Cholera in India, 1862 to 1881
Year: 1862
Disease focus: Cholera
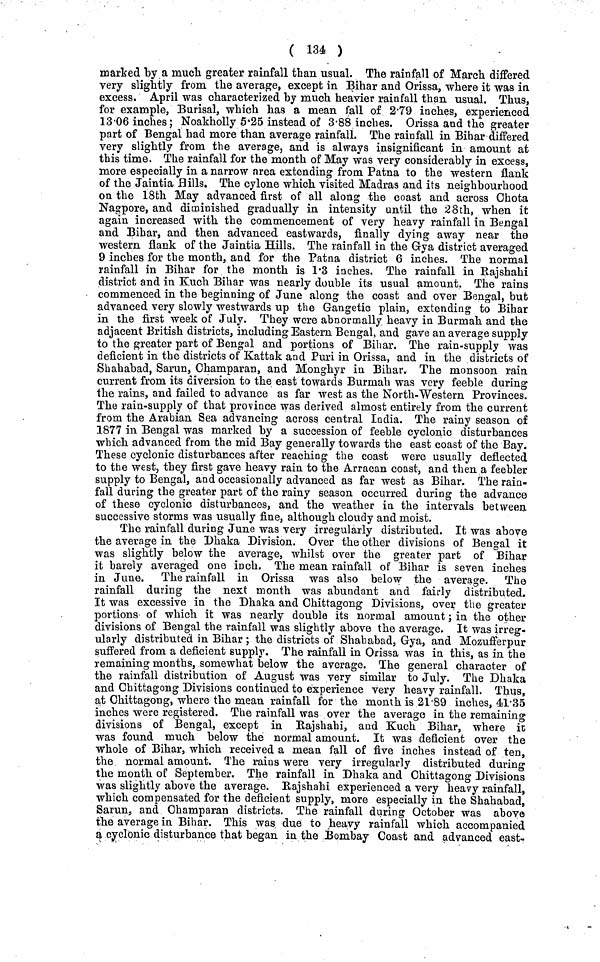
( 134 )
marked by a much greater rainfall than usual. The rainfall of March differed
very slightly from the average, except in Bihar and Orissa, where it was in
excess. April was characterized by much heavier rainfall than usual. Thus,
for example, Burisal, which has a mean fall of 2·79 inches, experienced
13·06 inches; Noakholly 5·25 instead of 3·88 inches. Orissa and the greater
part of Bengal had more than average rainfall. The rainfall in Bihar differed
very slightly from the average, and is always insignificant in amount at
this time. The rainfall for the month of May was very considerably in excess,
more especially in a narrow area extending from Patna to the western flank
of the Jaintia Hills. The cylone which visited Madras and its neighbourhood
on the 18th May advanced first of all along the coast and across Chota
Nagpore, and diminished gradually in intensity until the 28th, when it
again increased with the commencement of very heavy rainfall in Bengal
and Bihar, and then advanced eastwards, finally dying away near the
western flank of the Jaintia Hills. The rainfall in the Gya district averaged
9 inches for the month, and for the Patna district 6 inches. The normal
rainfall in Bihar for the month is 1·3 inches. The rainfall in Rajshahi
district and in Kuch Bihar was nearly double its usual amount. The rains
commenced in the beginning of June along the coast and over Bengal, but
advanced very slowly westwards up the Gangetic plain, extending to Bihar
in the first week of July. They were abnormally heavy in Burmah and the
adjacent British districts, including Eastern Bengal, and gave an average supply
to the greater part of Bengal and portions of Bihar. The rain-supply was
deficient in the districts of Kattak and Puri in Orissa, and in the districts of
Shahabad, Sarun, Champaran, and Monghyr in Bihar. The monsoon rain
current from its diversion to the east towards Burmah was very feeble during
the rains, and failed to advance as far west as the North-Western Provinces.
The rain-supply of that province was derived almost entirely from the current
from the Arabian Sea advancing across central India. The rainy season of
1877 in Bengal was marked by a succession of feeble cyclonic disturbances
which advanced from the mid Bay generally towards the east coast of the Bay.
These cyclonic disturbances after reaching the coast were usually deflected
to the west, they first gave heavy rain to the Arracan coast, and then a feebler
supply to Bengal, and occasionally advanced as far west as Bihar. The rain-
fall during the greater part of the rainy season occurred during the advance
of these cyclonic disturbances, and the weather in the intervals between
successive storms was usually fine, although cloudy and moist.
The rainfall during June was very irregularly distributed. It was above
the average in the Dhaka Division. Over the other divisions of Bengal it
was slightly below the average, whilst over the greater part of Bihar
it barely averaged one inch. The mean rainfall of Bihar is seven inches
in June. The rainfall in Orissa was also below the average. The
rainfall during the next month was abundant and fairly distributed.
It was excessive in the Dhaka and Chittagong Divisions, over the greater
portions of which it was nearly double its normal amount; in the other
divisions of Bengal the rainfall was slightly above the average. It was irreg-
ularly distributed in Bihar ; the districts of Shababad, Gya, and Mozufferpur
suffered from a deficient supply. The rainfall in Orissa was in this, as in the
remaining months, somewhat below the average. The general character of
the rainfall distribution of August was very similar to July. The Dhaka
and Chittagong Divisions continued to experience very heavy rainfall. Thus,
at Chittagong, where the mean rainfall for the month is 21·89 inches, 41·35
inches were registered. The rainfall was over the average in the remaining
divisions of Bengal, except in Rajshahi, and Kuch Bihar, where it
was found much below the normal amount. It was deficient over the
whole of Bihar, which received a mean fall of five inches instead of ten,
the normal amount. The rains were very irregularly distributed during
the month of September. The rainfall in Dhaka and Chittagong Divisions
was slightly above the average. Rajshahi experienced a very heavy rainfall,
which compensated for the deficient supply, more especially in the Shahabad,
Sarun,, and Champaran districts. The rainfall during October was above
the average in Bihar. This was due to heavy rainfall which accompanied
9, cyclonic disturbance that began in the Bombay Coast and advanced east-